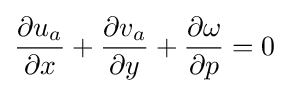
{{\partial u_{a} \over \partial x}+{\partial v_{a} \over \partial y}+{\partial \omega  \over \partial p}=0}